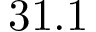
3 1 . 1